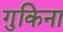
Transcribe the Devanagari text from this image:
गुकिना